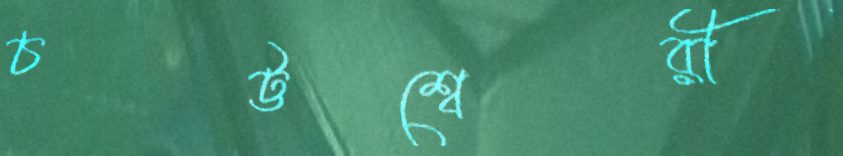
চট্টশ্বেরী